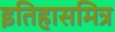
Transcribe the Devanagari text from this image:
इतिहासमित्र